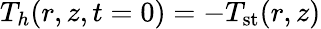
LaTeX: T_{h}(r,z,t=0)=-T_{\textrm{st}}(r,z)